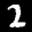
Label: 2